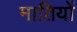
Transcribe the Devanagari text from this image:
मातियों